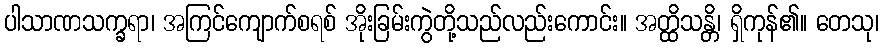
ပါသာဏသက္ခရာ၊ အကြင်ကျောက်စရစ် အိုးခြမ်းကွဲတို့သည်လည်းကောင်း။ အတ္ထိသန္တိ၊ ရှိကုန်၏။ တေသု၊